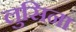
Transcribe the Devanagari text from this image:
लुसिना